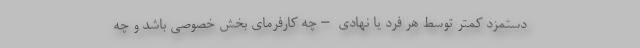
دستمزد کمتر توسط هر فرد یا نهادی –چه کارفرمای بخش خصوصی باشد و چه